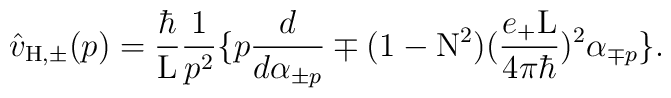
\hat{v}_{\rm H,\pm}(p) = \frac{\hbar}{\rm L} \frac{1}{p^2}\{ p \frac{d}{d{\alpha}_{\pm p}} \mp (1-{\rm N}^2) (\frac{e_{+}{\rm L}}{4{\pi}{\hbar}})^2 {\alpha}_{\mp p} \}.